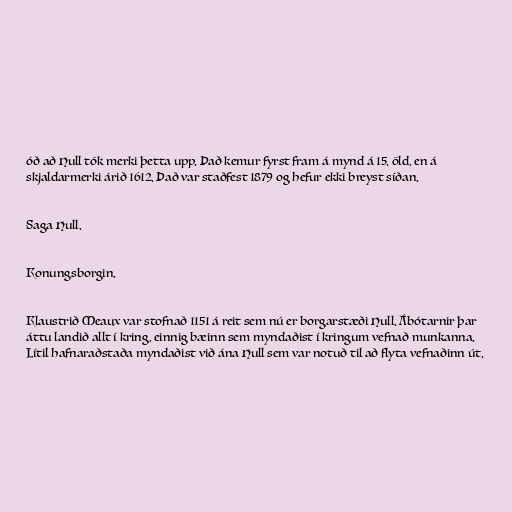
óð að Hull tók merki þetta upp. Það kemur fyrst fram á mynd á 15. öld, en á
skjaldarmerki árið 1612. Það var staðfest 1879 og hefur ekki breyst síðan.

Saga Hull.

Konungsborgin.

Klaustrið Meaux var stofnað 1151 á reit sem nú er borgarstæði Hull. Ábótarnir þar
áttu landið allt í kring, einnig bæinn sem myndaðist í kringum vefnað munkanna.
Lítil hafnaraðstaða myndaðist við ána Hull sem var notuð til að flyta vefnaðinn út.